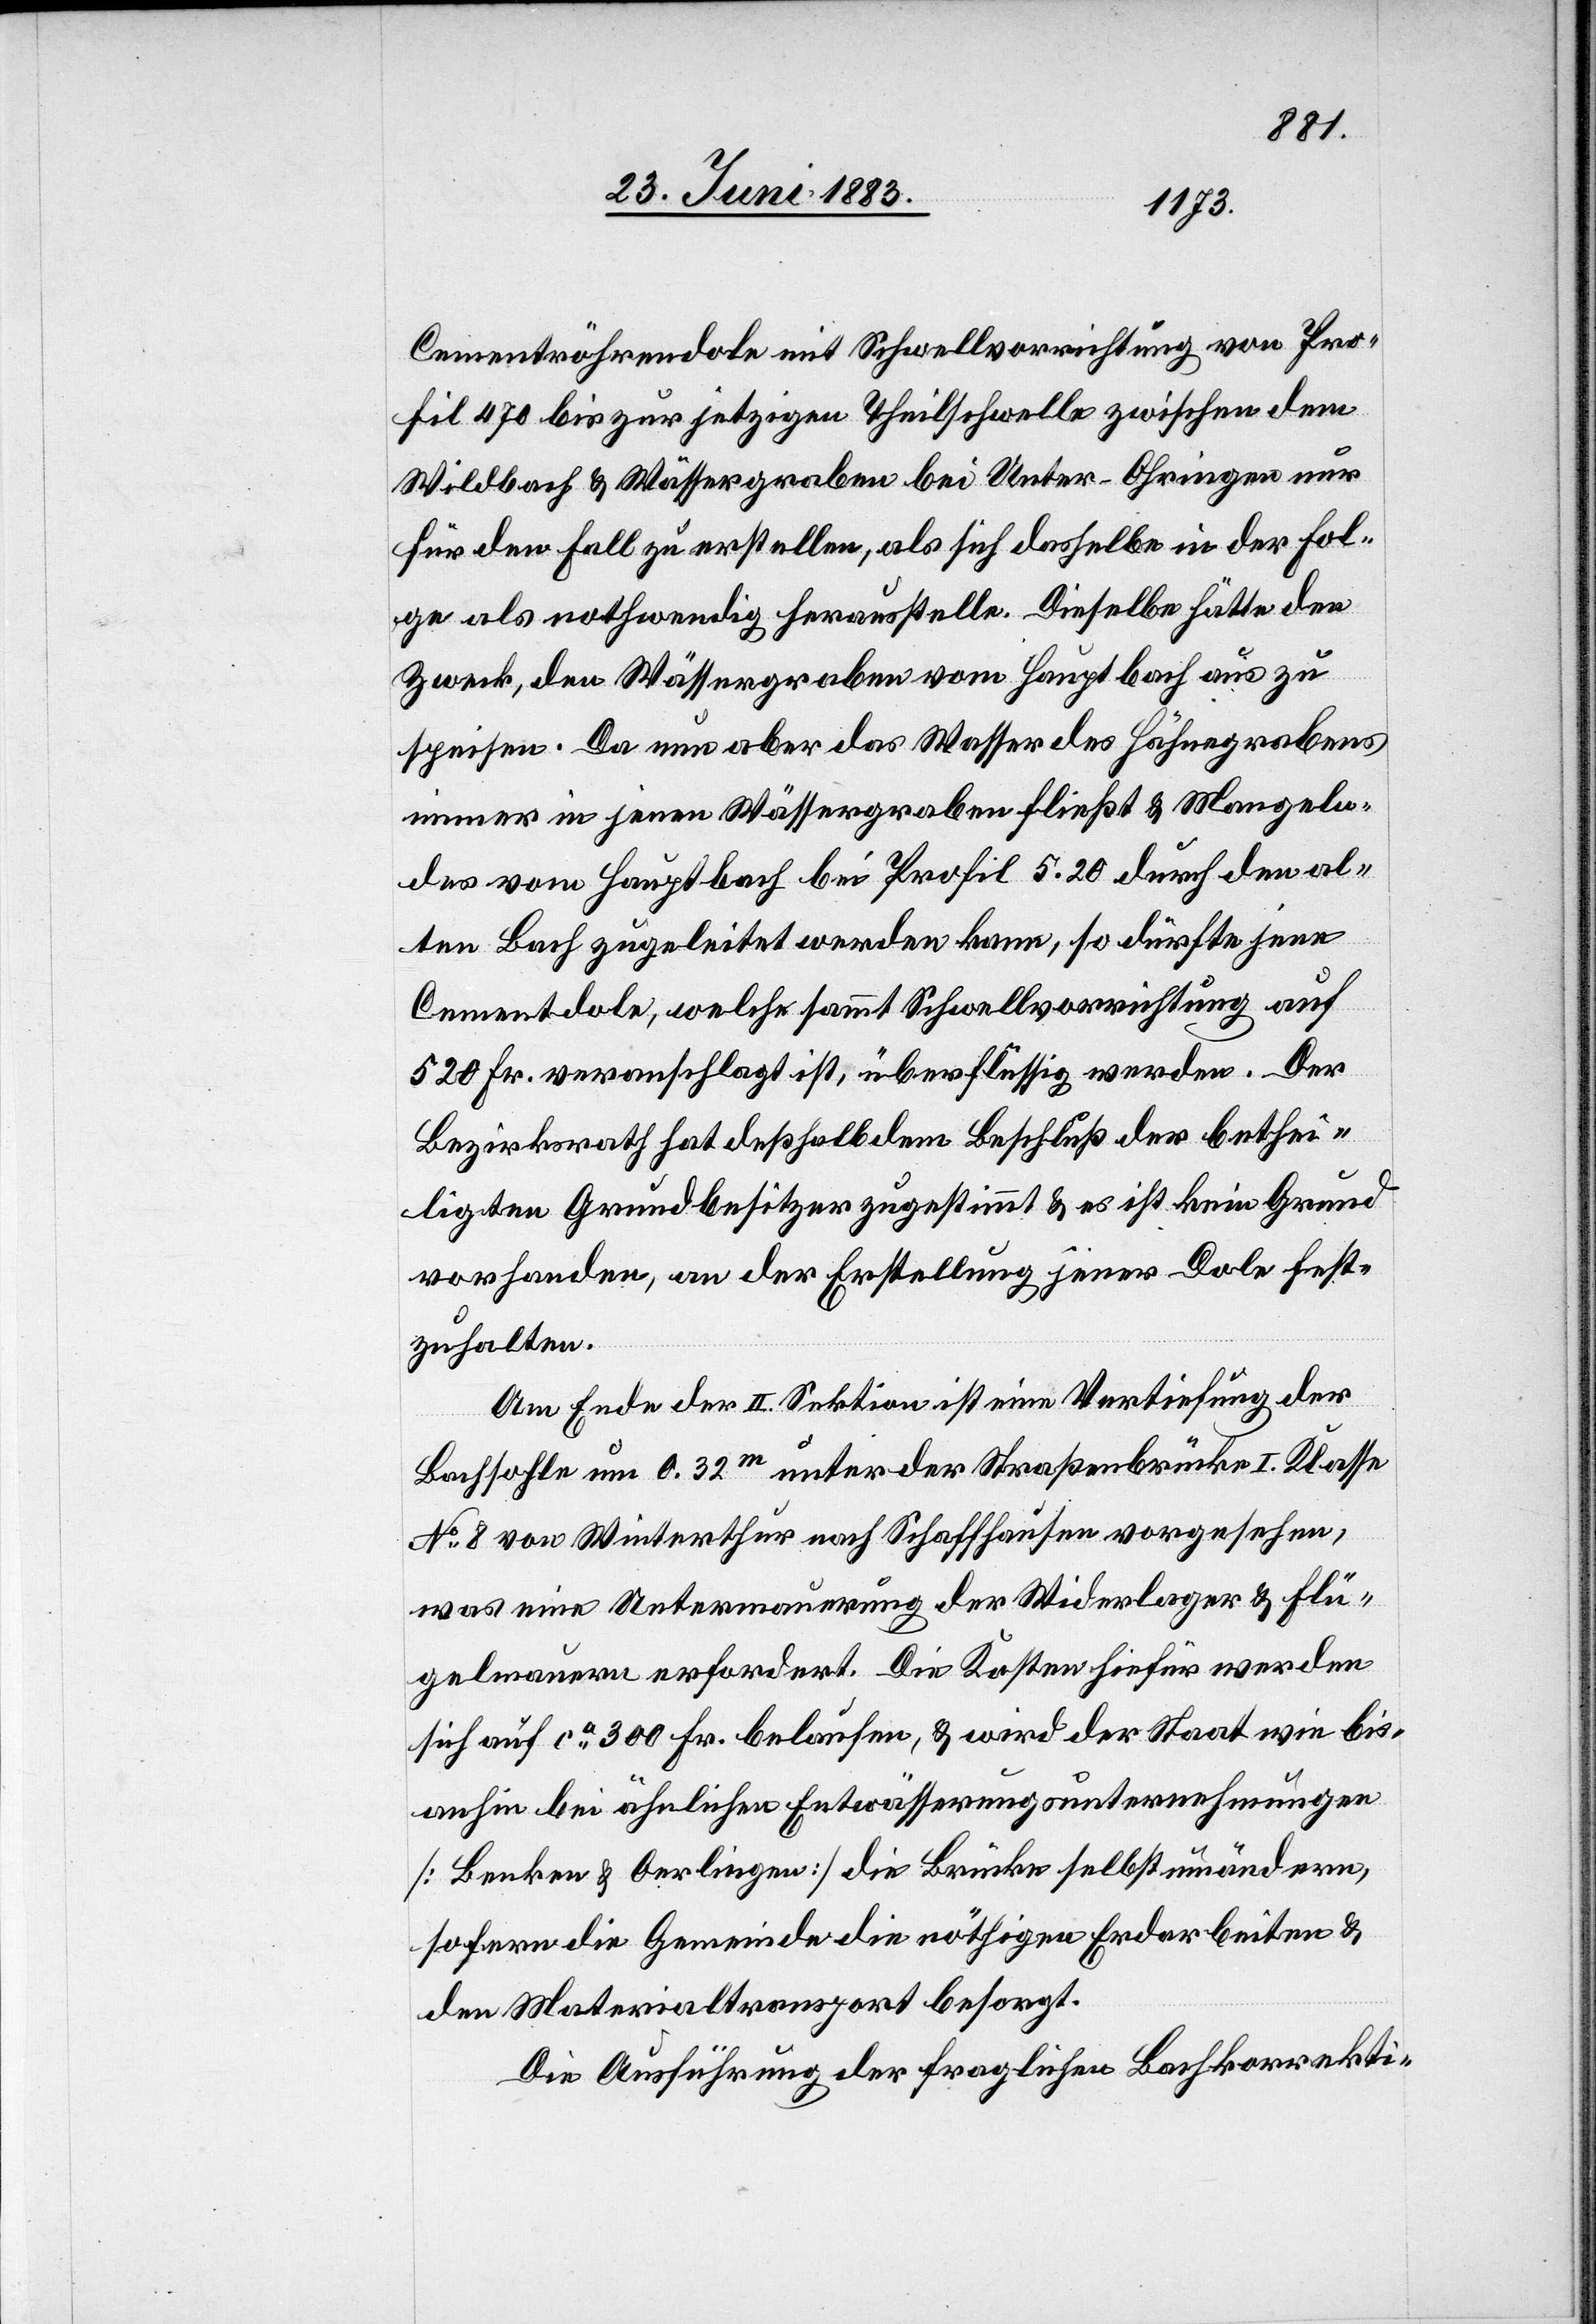
Cementröhrendole mit Schwellvorrichtung von Pro¬
fil 470 bis zur jetzigen Theilschwelle zwischen dem
Wildbach & Wässergraben bei Unter-Ohringen nur
für den Fall zu erstellen, als sich dasselbe in der Fol¬
ge als nothwendig herausstelle. Dieselbe hätte den
Zweck, den Wässergraben vom Hauptbach aus zu
speisen. Da nun aber das Wasser des Hähnegrabens
immer in jenen Wässergraben fließt & Mangeln¬
des vom Hauptbach bei Profil 5.20 durch den al¬
ten Bach zugeleitet werden kann, so dürfte jene
Cementdole, welche sammt Schwellvorrichtung auf
520 Fr. veranschlagt ist, überflüssig werden. Der
Bezirksrath hat deßhalb dem Beschluß der bethei¬
ligten Grundbesitzer zugestimmt & es ist kein Grund
vorhanden, an der Erstellung jener Dole fest¬
zuhalten.
Am Ende der II. Sektion ist eine Vertiefung der
Bachsohle um 0.32m unter der Straßenbrücke I. Klasse
No 8 von Winterthur nach Schaffhausen vorgesehen,
was eine Untermauerung der Widerlager & Flü¬
gelmauern erfordert. Die Kosten hiefür werden
sich auf ca 300 Fr. belaufen, & wird der Staat wie bis¬
anhin bei ähnlichen Entwässerungsunternehmungen
[Benken & Oerlingen] die Brücke selbst umändern,
sofern die Gemeinde die nöthigen Erdarbeiten &
den Materialtransport besorgt.
Die Ausführung der fraglichen Bachkorrekti-